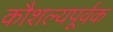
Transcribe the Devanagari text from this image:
कौशल्यपूर्वक